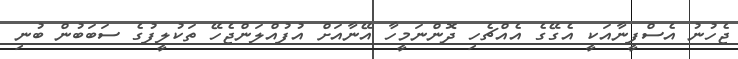
ޖެހުނު އެސްފީނާއަކީ އެގޭގެ އެއްޗެހި ދޮންނަމީހާ އޭނާއަށް އުފުއްލަންޖެހޭ ތަކުލީފުގެ ސަބަބުން ބުނި